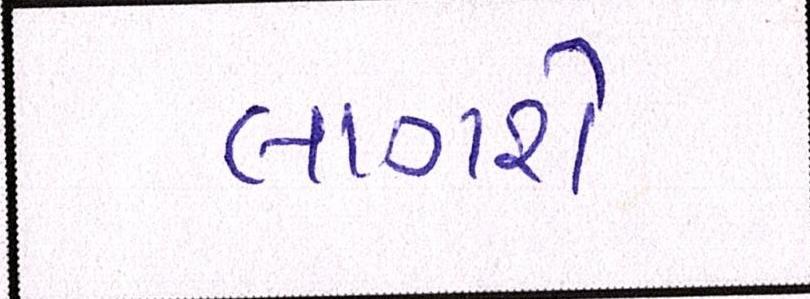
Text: લાગશે